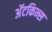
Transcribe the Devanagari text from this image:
अॅटकिन्स